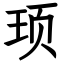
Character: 顼